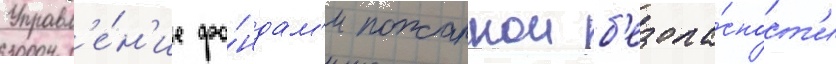
Управл'е́н'ие фо́ндам'и пожарнои б'езопа́сност'и